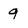
Character: 9